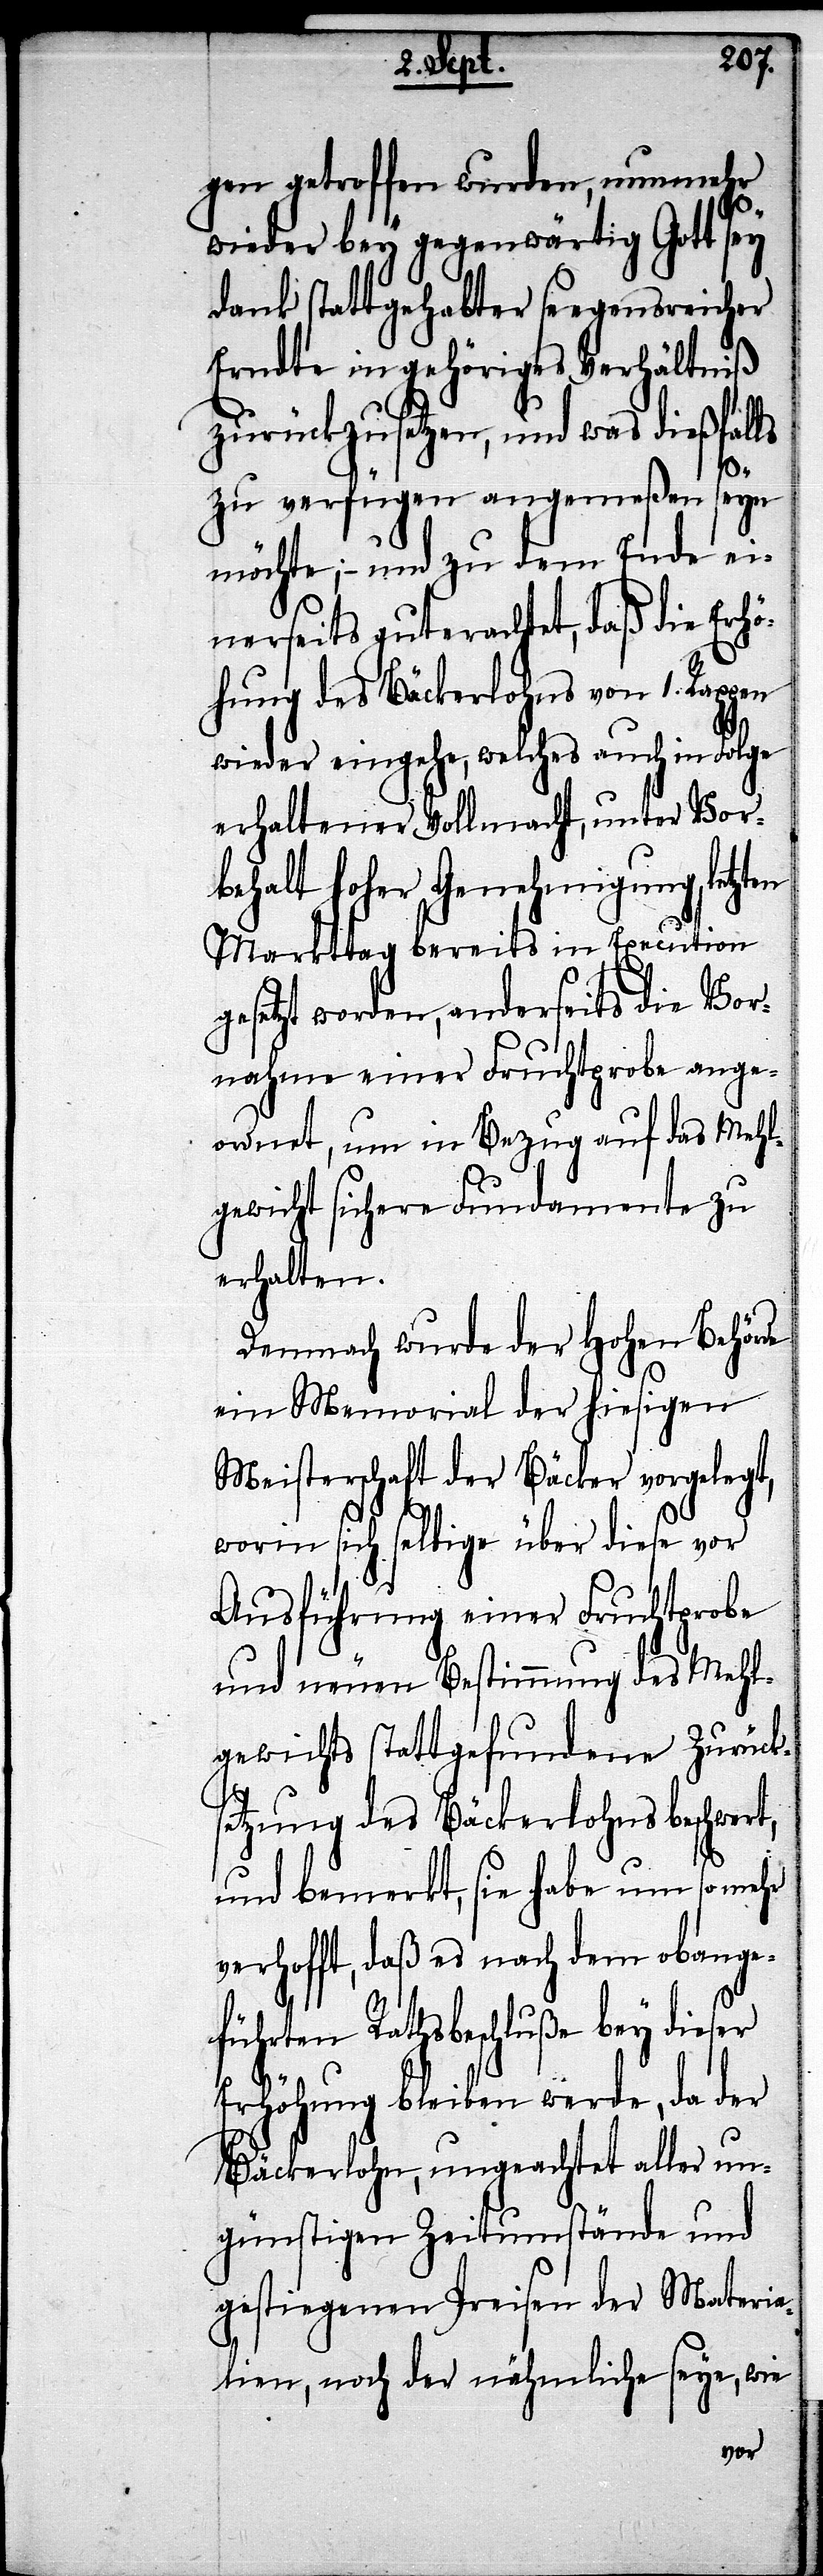
gen getroffen wurden, nunmehr
wieder bey gegenwärtig Gott sey
dank stattgehabter seegensreicher
Erndte in gehöriges Verhältniß
zurückzusetzen, und was dießfalls
zu verfügen angemeßen seyn
möchte; – und zu dem Ende ei¬
nerseits guterachtet, daß die Erhö¬
hung des Bäckerlohns von 1. Rappen
wieder eingehe, welches auch in Folge
erhaltener Vollmacht, unter Vor¬
behalt hoher Genehmigung, letzten
Markttag bereits in Execution
gesetzt worden, anderseits die Vor¬
nahme einer Fruchtprobe ange¬
ordnet, um in Bezug auf das Mehl¬
gewicht sichere Fundamente zu
erhalten.
Demnach wurde der hohen Behörde
ein Memorial der hiesigen
Meisterschaft der Bäcker vorgelegt,
worin sich selbige über diese vor
Ausführung einer Fruchtprobe
und neuen Bestimmung des Mehl¬
gewichts stattgefundene Zurücks¬
etzung des Bäckerlohns beschwert,
und bemerkt, sie habe um so mehr
verhofft, daß es nach dem obange¬
führten Rathsbeschluße bey dieser
Erhöhung bleiben werde, da der
Bäckerlohn, ungeachtet aller un¬
günstigen Zeitumstände und
gestiegenen Preisen der Materia¬
lien, noch der nähmliche seye, wie